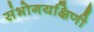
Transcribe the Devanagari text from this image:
संभोगयक्षिणी